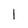
Character: I